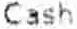
CASH